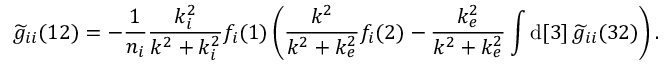
\widetilde { g } _ { i i } ( 1 2 ) = - \frac { 1 } { n _ { i } } \frac { k _ { i } ^ { 2 } } { k ^ { 2 } + k _ { i } ^ { 2 } } f _ { i } ( 1 ) \left( \frac { k ^ { 2 } } { k ^ { 2 } + k _ { e } ^ { 2 } } f _ { i } ( 2 ) - \frac { k _ { e } ^ { 2 } } { k ^ { 2 } + k _ { e } ^ { 2 } } \int \mathrm { d } [ 3 ] \, \widetilde { g } _ { i i } ( 3 2 ) \right) .